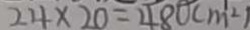
2 4 \times 2 0 = 4 8 0 ( m ^ { 2 } )